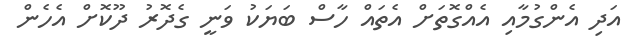
އަދި އެންގުމާއި އެއްގޮތަށް އެތައް ހާސް ބަޔަކު ވަނީ ގެދޮރު ދޫކޮށް އެހެން